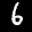
Label: 6